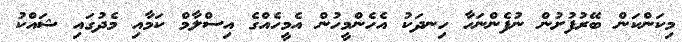
މިކަންކަން ބޭރުފުށުން ނުފެންނަހާ ހިނދަކު އެހެންމީހުން އެމީހެއްގެ އިސްލާމް ކަމާއި މެދުގައި ޝައްކު